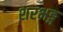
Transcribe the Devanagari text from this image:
शरभङ्ग